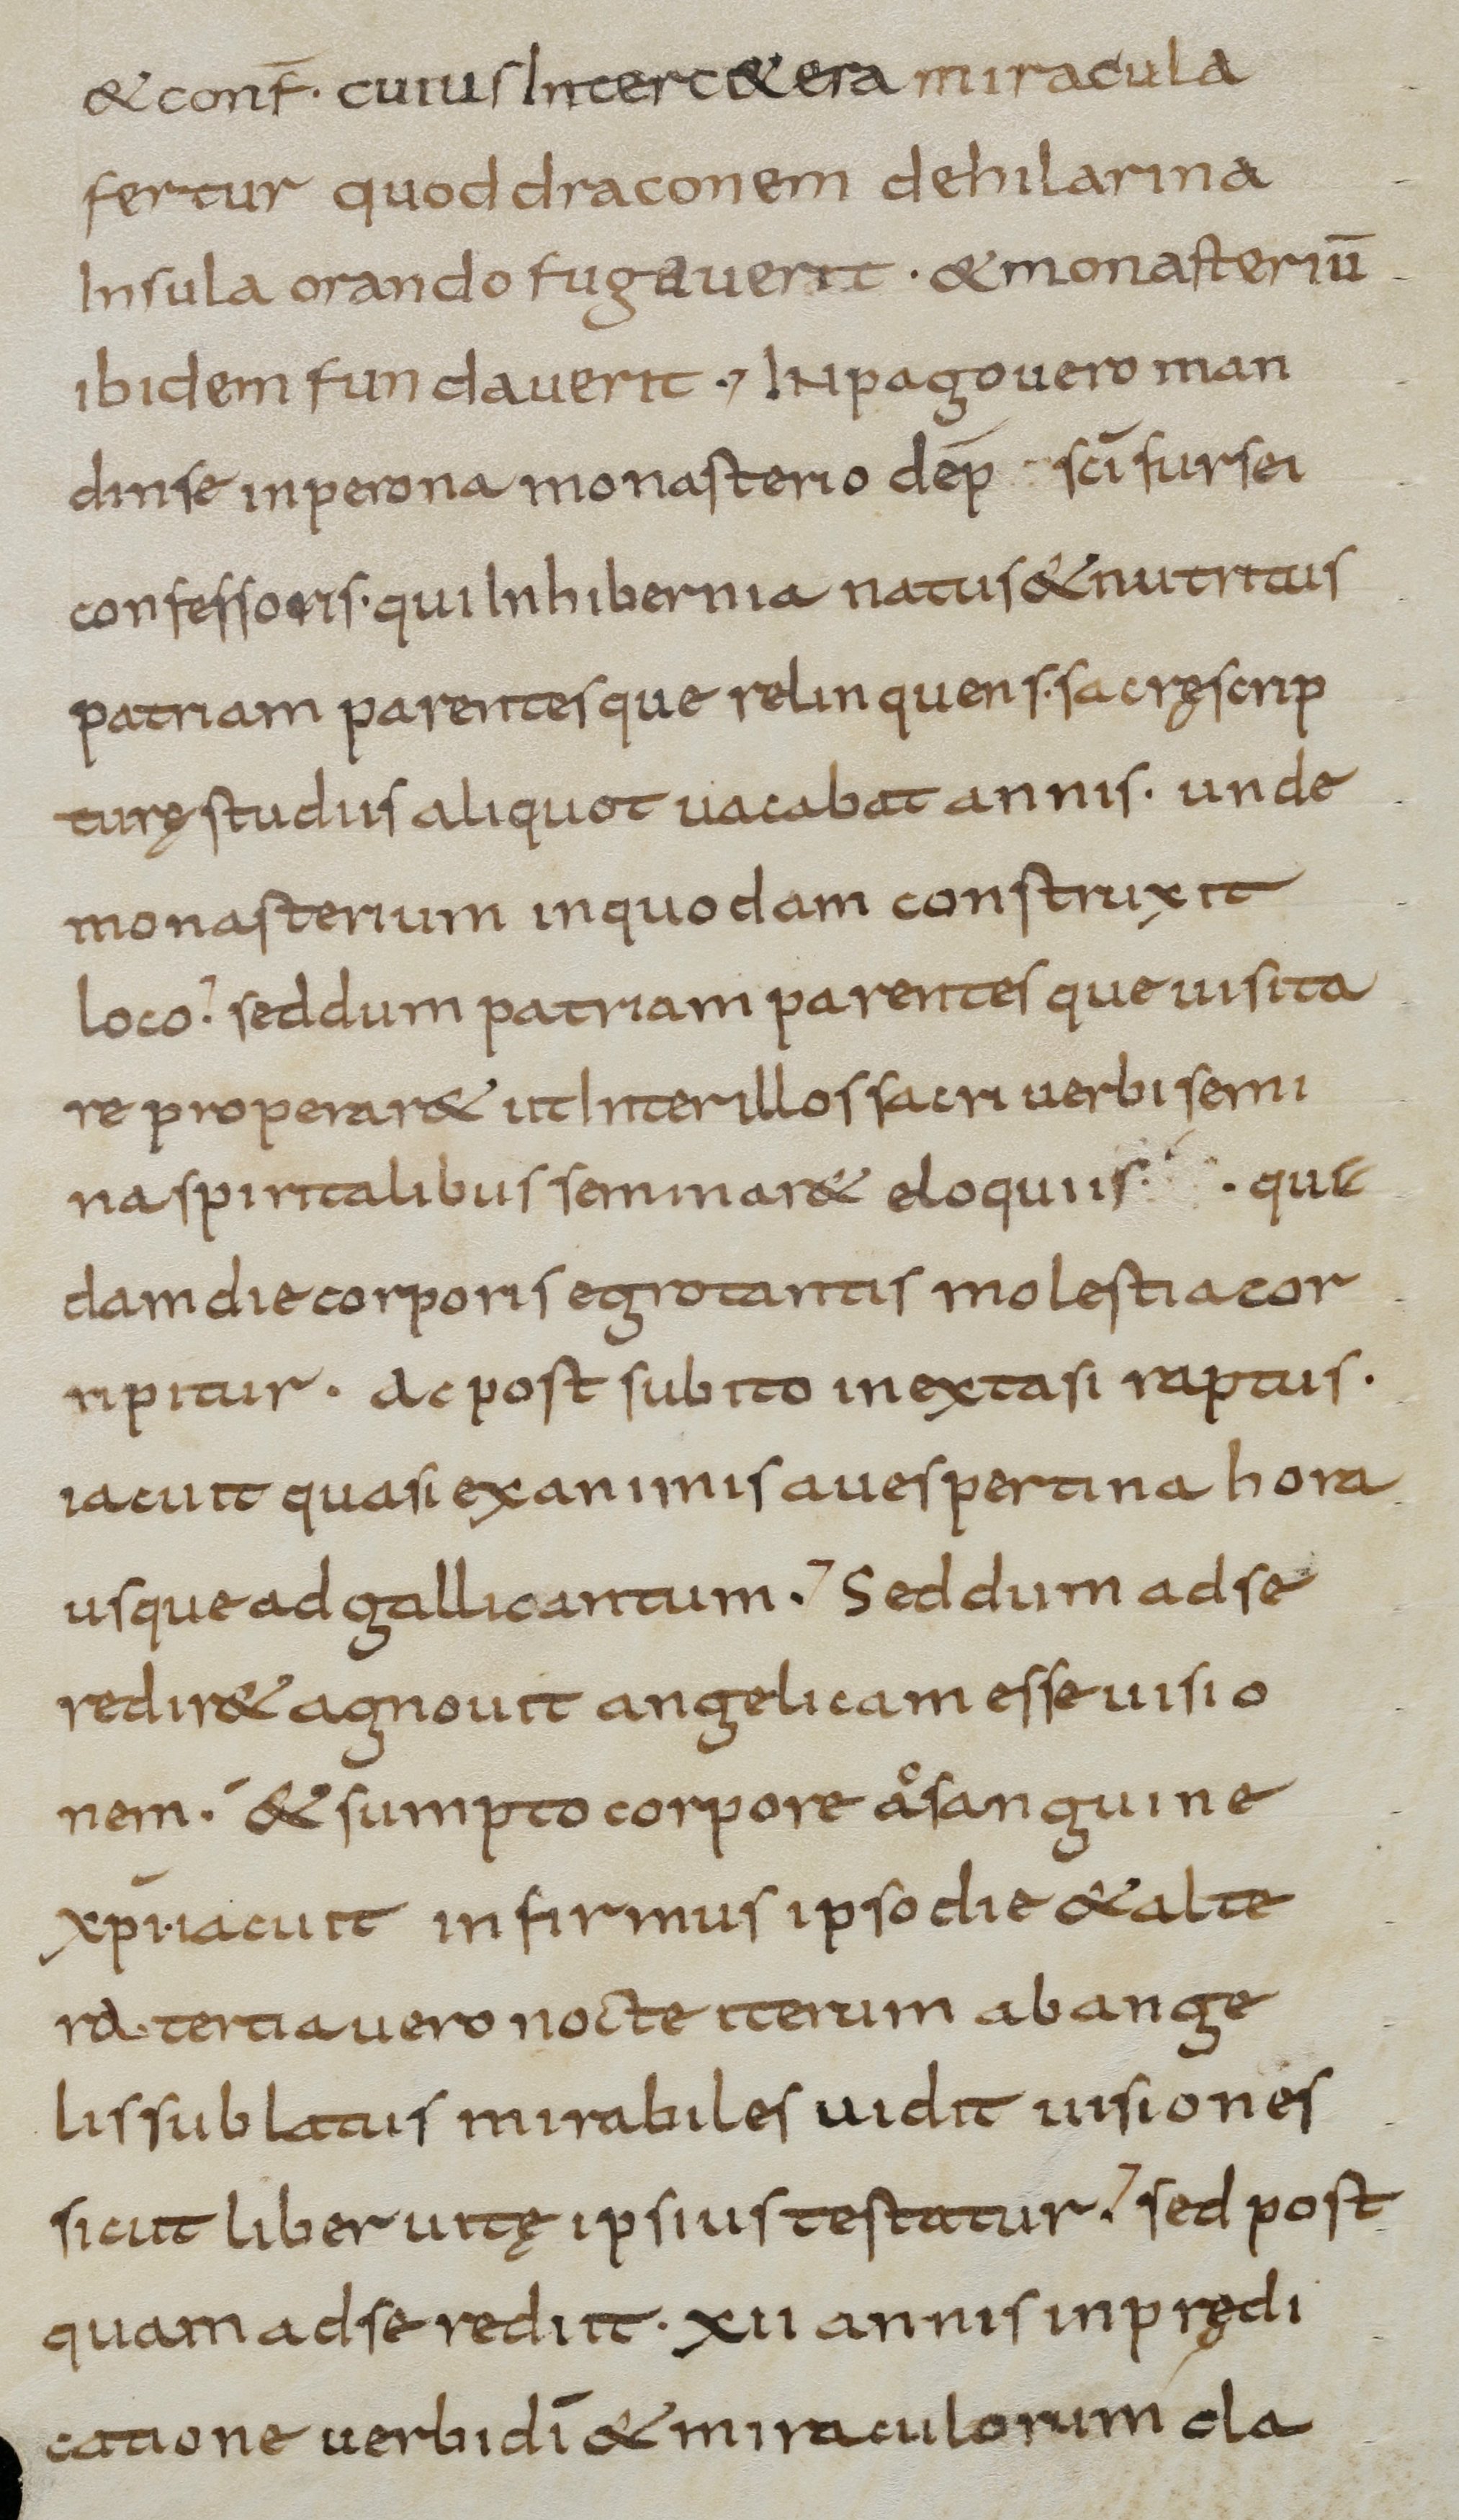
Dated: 800–899